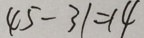
4 5 - 3 1 = 1 4